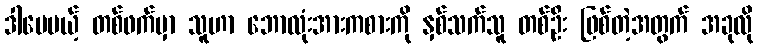
ဒါပေမယ့် တစ်ဖက်မှာ သူဟာ ဘောလုံးအားကစားကို နှစ်သက်သူ တစ်ဦး ဖြစ်တဲ့အတွက် အခုလို